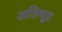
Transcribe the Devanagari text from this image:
अतिशू्द्र